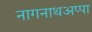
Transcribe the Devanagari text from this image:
नागनाथअप्पा